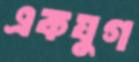
একযুগ